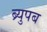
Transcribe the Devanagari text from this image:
ब्र्युपब